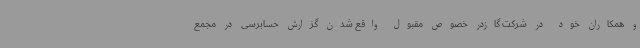
و همکاران خود در شرکت گازدر خصوص مقبول واقع شدن گزارش حسابرسی در مجمع